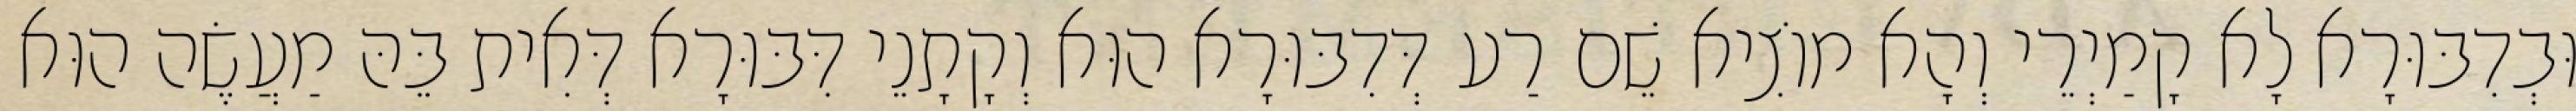
וּבְדִבּוּרָא לָא קָמַיְרֵי וְהָא מוֹצִיא שֵׁם רַע דְּדִבּוּרָא הוּא וְקָתָנֵי דִּבּוּרָא דְּאִית בֵּהּ מַעֲשֶׂה הוּא